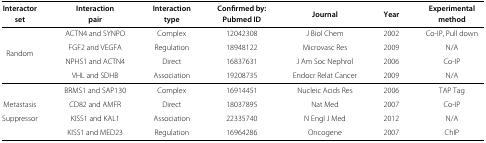
| Interactor | Interaction | Interaction | Confirmed by: | Journal | Year | Experimental |
 | set | pair | type | Pubmed ID |  |  | method |
 | --- | --- | --- | --- | --- | --- | --- |
 | <ROWSPAN=4> Random | ACTN4 and SYNPO | Complex | 12042308 | J Biol Chem | 2002 | Co-IP, Pull down |
 | FGF2 and VEGFA | Regulation | 18948122 | Microvasc Res | 2009 | N/A |
 | NPHS1 and ACTN4 | Direct | 16837631 | J Am Soc Nephrol | 2006 | Co-IP |
 | VHL and SDHB | Association | 19208735 | Endocr Relat Cancer | 2009 | N/A |
 |  | BRMS1 and SAP130 | Complex | 16914451 | Nucleic Acids Res | 2006 | TAP Tag |
 | Metastasis | CD82 and AMFR | Direct | 18037895 | Nat Med | 2007 | Co-IP |
 | Suppressor | KISS1 and KAL1 | Association | 22335740 | N Engl J Med | 2012 | N/A |
 |  | KISS1 and MED23 | Regulation | 16964286 | Oncogene | 2007 | ChIP |